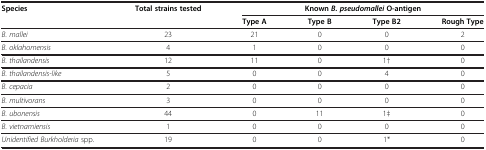
| Species | Total strains tested | <COLSPAN=4> Known B. pseudomallei O-antigen |
 |  |  | Type A | Type B | Type B2 | Rough Type |
 | --- | --- | --- | --- | --- | --- |
 | B. mallei | 23 | 21 | 0 | 0 | 2 |
 | B. oklahomensis | 4 | 1 | 0 | 0 | 0 |
 | B. thailandensis | 12 | 11 | 0 | 1† | 0 |
 | B. thailandensis-like | 5 | 0 | 0 | 4 | 0 |
 | B. cepacia | 2 | 0 | 0 | 0 | 0 |
 | B. multivorans | 3 | 0 | 0 | 0 | 0 |
 | B. ubonensis | 44 | 0 | 11 | 1‡ | 0 |
 | B. vietnamiensis | 1 | 0 | 0 | 0 | 0 |
 | Unidentified Burkholderia spp. | 19 | 0 | 0 | 1* | 0 |